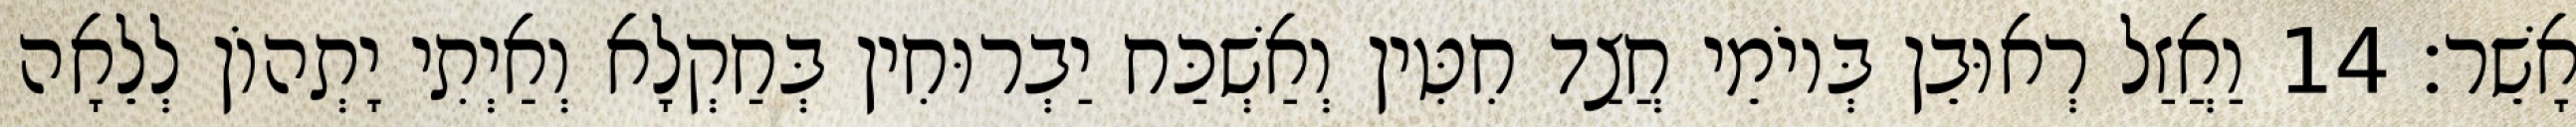
אָשֵׁר׃ 14 וַאֲזַל רְאוּבֵן בְּיוֹמֵי חֲצַד חִטִּין וְאַשְׁכַּח יַבְרוּחִין בְּחַקְלָא וְאַיְתִי יָתְהוֹן לְלֵאָה